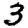
Digit: 3